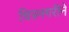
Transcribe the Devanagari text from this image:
चित्रनगरीने